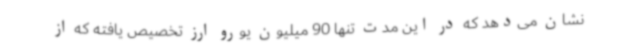
نشان می‌دهد که در این مدت تنها 90 میلیون یورو ارز تخصیص یافته که از